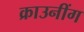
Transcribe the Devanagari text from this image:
क्राउनींग